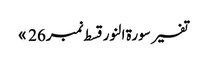
تفسیر سورۃ النور قسط نمبر26 »